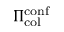
\Pi _ { \mathrm { c o l } } ^ { \mathrm { c o n f } }